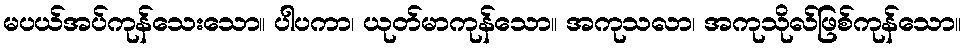
မပယ်အပ်ကုန်သေးသော။ ပါပကာ၊ ယုတ်မာကုန်သော။ အကုသလာ၊ အကုသိုလ်ဖြစ်ကုန်သော။